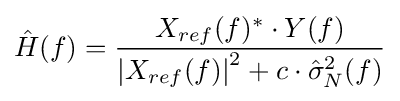
{\hat {H}}(f)={X_{ref}(f)^{*}\cdot Y(f) \over {\left|X_{ref}(f)\right|}^{2}+c\cdot {\hat {\sigma }}_{N}^{2}(f)}